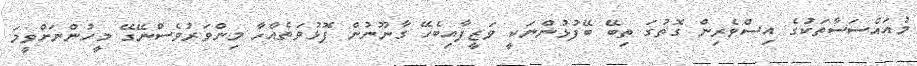
މުއައްސަސާތަކުގެ އިސްވެރިން ގޮތުގަ ތިބޭ ބޭފުޅުންނަކީ ވަޒީފާއިބެހޭ ގާނޫނުން ފޮޅުވަތެއްހާ މިންވަރުވެސްނޭގޭ މީހުންނަށްވީމަ